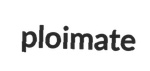
ploimate